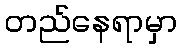
တည်နေရာမှာ